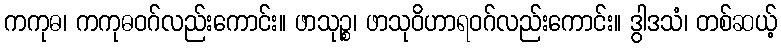
ကကုဓ၊ ကကုဓဝဂ်လည်းကောင်း။ ဖာသုဉ္စ၊ ဖာသုဝိဟာရဝဂ်လည်းကောင်း။ ဒွါဒသံ၊ တစ်ဆယ့်